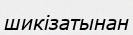
шикізатынан